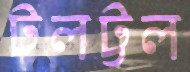
টলট্টল